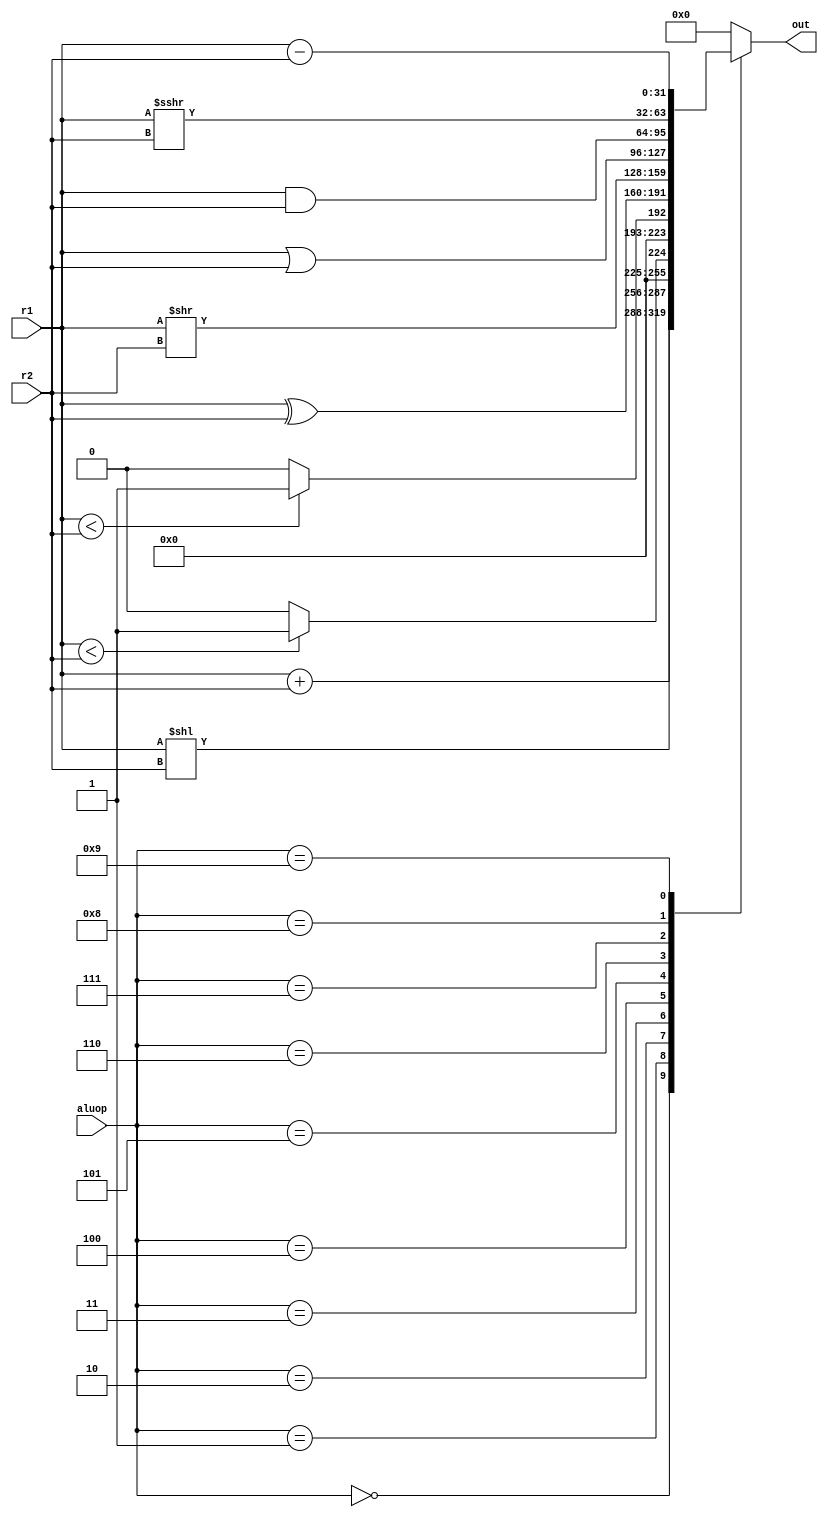
module alu ( 
	input [4:0] aluop,     //alu operation instruction
	input [31:0] r1,       //input 1 to alu
	input [31:0] r2,       //input 2 to alu
	output [31:0] out      //output
    );
	reg [31:0] out;
	  
	always @(aluop, r1, r2) begin
		  case (aluop)
			0 : out = r1 + r2; //ADD
			1 : out = r1 << r2; //SLL
			2 : if ($signed(r1) < $signed(r2))
                    out = 32'b1;
                else
                    out = 32'b0; //SLT
			3 : if (r1 < r2)
                    out = 32'b1;
                else
                    out = 32'b0; //SLTU
			4 : out = r1 ^ r2; //XOR
			5 : out = r1 >> r2; //SRL
			6 : out = r1 | r2; //OR
			7 : out = r1 & r2; //AND
			8 : out = $signed(r1) >>> r2; //SRA
			9 : out = r1 - r2; //SUB
			default: out = 32'b0;
		  endcase
		end
endmodule